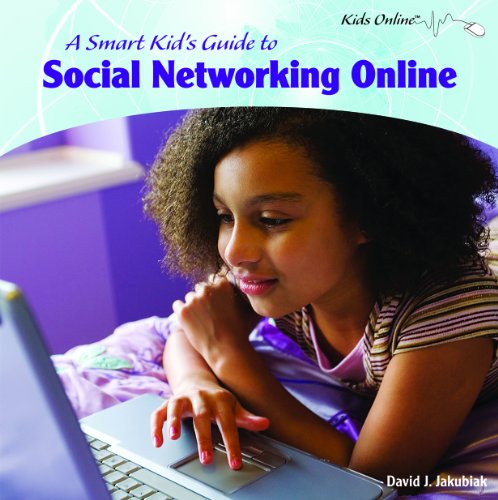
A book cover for A Smart Kids Guide to Social Networking Online (Kids Online); David Jakubiak; Children's Books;